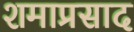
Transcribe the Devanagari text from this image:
शमाप्रसाद